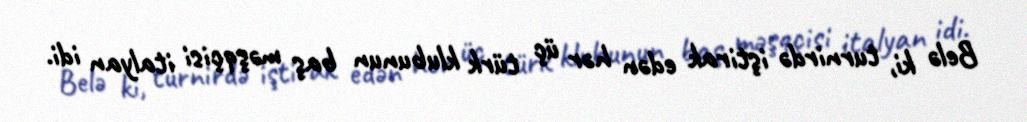
Belə ki, turnirdə iştirak edən hər üç türk klubunun baş məşqçisi italyan idi.